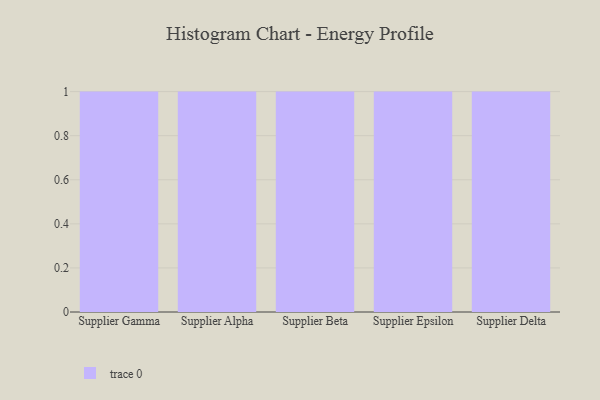
{"axis": {"x": "Supplier", "y": "Shipments"}, "legend": [""], "data": [{"x": "Supplier Gamma", "y": 100, "type": ""}, {"x": "Supplier Alpha", "y": 8, "type": ""}, {"x": "Supplier Beta", "y": 24, "type": ""}, {"x": "Supplier Epsilon", "y": 6, "type": ""}, {"x": "Supplier Delta", "y": 49, "type": ""}]}